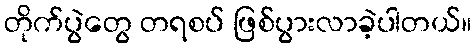
တိုက်ပွဲတွေ တရစပ် ဖြစ်ပွားလာခဲ့ပါတယ်။